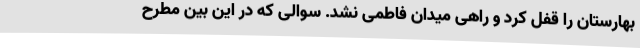
بهارستان را قفل کرد و راهی میدان فاطمی نشد. سوالی که در این بین مطرح